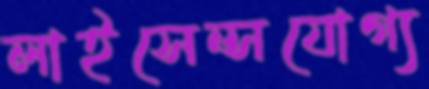
লাইসেন্সযোগ্য